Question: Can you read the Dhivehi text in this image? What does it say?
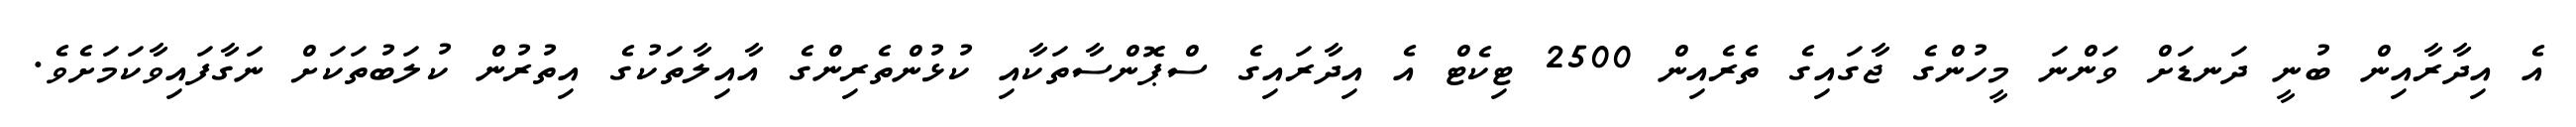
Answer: އެ އިދާރާއިން ބުނީ ދަނޑަށް ވަންނަ މީހުންގެ ޖާގައިގެ ތެރެއިން 2500 ޓިކެޓް އެ އިދާރައިގެ ސްޕޮންސާތަކާއި ކުޅުންތެރިންގެ އާއިލާތަކުގެ އިތުރުން ކުލަބުތަކަށް ނަގާފައިވާކަމަށެވެ.